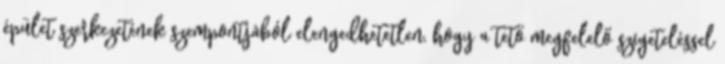
épület szerkezetének szempontjából elengedhetetlen, hogy a tető megfelelő szigeteléssel